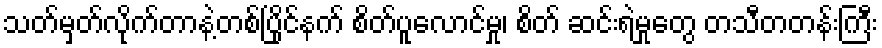
သတ်မှတ်လိုက်တာနဲ့တစ်ပြိုင်နက် စိတ်ပူလောင်မှု၊ စိတ် ဆင်းရဲမှုတွေ တသီတတန်းကြီး